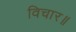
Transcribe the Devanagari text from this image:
विचार॥